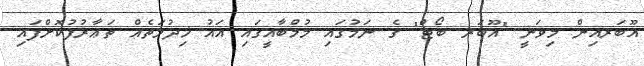
އޫބަރއިން މިވަނީ "އޫބަރ ބޯޓް" ގެ ނަމުގައި މުމްބާއީގައި އައު ޚިދުމަތެއް ތަޢާރުފުކޮށްފައި